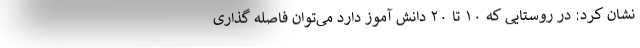
نشان کرد: در روستایی که ۱۰ تا ۲۰ دانش آموز دارد می‌توان فاصله گذاری